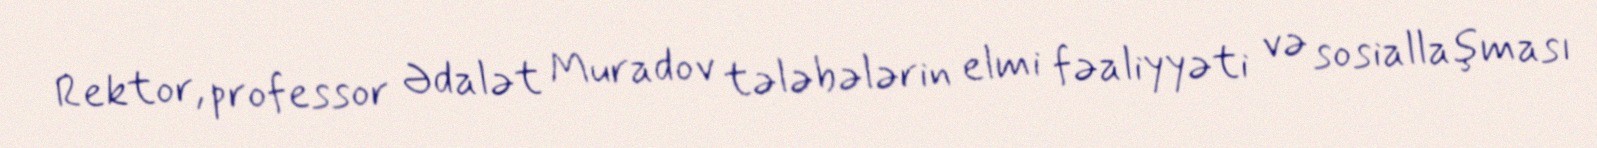
Rektor, professor Ədalət Muradov tələbələrin elmi fəaliyyəti və sosiallaşması